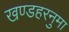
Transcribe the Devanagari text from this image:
खण्डहरनुमा